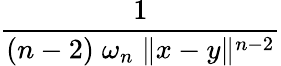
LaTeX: \frac{1}{(n-2)\; \omega_{n}\; \| x-y\| ^{n-2}}